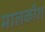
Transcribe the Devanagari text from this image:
मालकौश